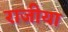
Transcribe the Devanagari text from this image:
राजीया